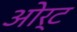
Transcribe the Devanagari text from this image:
ओर्ट